Lunatic asylums Burma 1907-21 - 1907-1921
Year: 1907
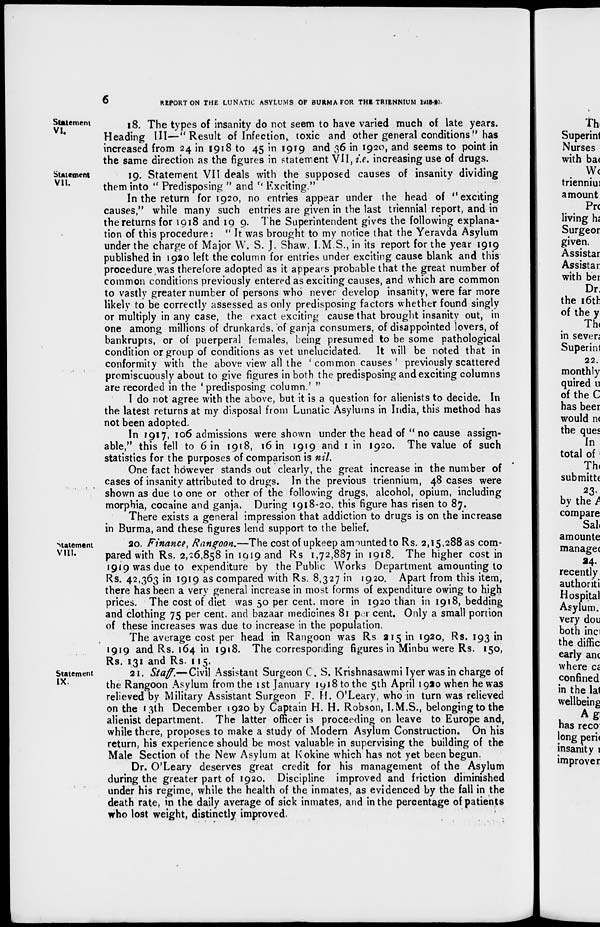
6
REPORT ON THE LUNATIC ASYLUMS OF BURMA FOR THE TRIENNIUM 1918-20.
Statement
VI.
18. The types of insanity do not seem to have varied much of late years.
Heading III—" Result of Infection, toxic and other general conditions" has
increased from 24 in 1918 to 45 in 1919 and 36 in 1920, and seems to point in
the same direction as the figures in statement VII, i.e. increasing use of drugs.
Statement
VII.
19. Statement VII deals with the supposed causes of insanity dividing
them into " Predisposing " and " Exciting."
In the return for 1920, no entries appear under the head of "exciting
causes," while many such entries are given in the last triennial report, and in
the returns for 1918 and 1919. The Superintendent gives the following explana-
tion of this procedure: " It was brought to my notice that the Yeravda Asylum
under the charge of Major W. S. J. Shaw. I.M.S., in its report for the year 1919
published in 1920 left the column for entries under exciting cause blank and this
procedure was therefore adopted as it appears probable that the great number of
common conditions previously entered as exciting causes, and which are common
to vastly greater number of persons who never develop insanity, were far more
likely to be correctly assessed as only predisposing factors whether found singly
or multiply in any case, the exact exciting cause that brought insanity out, in
one among millions of drunkards, of ganja consumers, of disappointed lovers, of
bankrupts, or of puerperal females, being presumed to be some pathological
condition or group of conditions as yet unelucidated. It will be noted that in
conformity with the above view all the 'common causes' previously scattered
promiscuously about to give figures in both the predisposing and exciting columns
are recorded in the 'predisposing column.' "
I do not agree with the above, but it is a question for alienists to decide. In
the latest returns at my disposal from Lunatic Asylums in India, this method has
not been adopted.
In 1917, 106 admissions were shown under the head of " no cause assign-
able" this fell to 6 in 1918, 16 in 1919 and 1 in 1920. The value of such
statistics for the purposes of comparison is nil.
One fact however stands out clearly, the great increase in the number of
cases of insanity attributed to drugs. In the previous triennium, 48 cases were
shown as due to one or other of the following drugs, alcohol, opium, including
morphia, cocaine and ganja. During 1918-20, this figure has risen to 87.
There exists a general impression that addiction to drugs is on the increase
in Burma, and these figures lend support to the belief.
Statement
VIII.
20. Finance, Rangoon.—The cost of upkeep amounted to Rs. 2,15,288 as com-
pared with Rs. 2,26,858 in 1919 and Rs 1,72,887 in 1918. The higher cost in
1919 was due to expenditure by the Public Works Department amounting to
Rs. 42,363 in 1919 as compared with Rs. 8,327 in 1920. Apart from this item,
there has been a very general increase in most forms of expenditure owing to high
prices. The cost of diet was 50 per cent. more in 1920 than in 1918, bedding
and clothing 75 per cent. and bazaar medicines 81 per cent. Only a small portion
of these increases was due to increase in the population.
The average cost per head in Rangoon was Rs 215 in 1920, Rs. 193 in
1919 and Rs. 164 in 1918. The corresponding figures in Minbu were Rs. 150,
Rs. 131 and Rs. 115.
Statement
IX.
21. Staff.—Civil Assistant Surgeon C. S. Krishnasawmi Iyer was in charge of
the Rangoon Asylum from the 1st January 1918 to the 5th April 1920 when he was
relieved by Military Assistant Surgeon F. H. O'Leary, who in turn was relieved
on the 13th December 1920 by Captain H. H. Robson, I. M.S., belonging to the
alienist department. The latter officer is proceeding on leave to Europe and,
while there, proposes to make a study of Modern Asylum Construction. On his
return, his experience should be most valuable in supervising the building of the
Male Section of the New Asylum at Kokine which has not yet been begun.
Dr. O'Leary deserves great credit for his management of the Asylum
during the greater part of 1920. Discipline improved and friction diminished
under his regime, while the health of the inmates, as evidenced by the fall in the
death rate, in the daily average of sick inmates, and in the percentage of patients
who lost weight, distinctly improved.